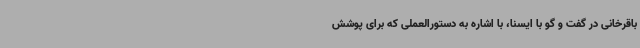
باقرخانی در گفت و گو با ایسنا، با اشاره به دستورالعملی که برای پوشش